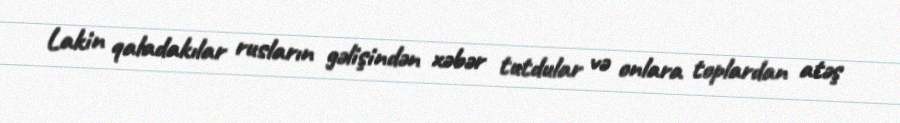
Lakin qaladakılar rusların gəlişindən xəbər tutdular və onlara toplardan atəş